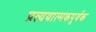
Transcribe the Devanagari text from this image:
प्रत्ययात्मकपूर्वक